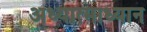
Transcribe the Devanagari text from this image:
अध्यात्माध्यान